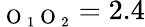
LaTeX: _{\mathrm{~O~}_{1}\mathrm{~O~}_{2}}=2.4